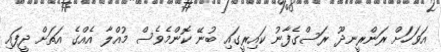
އަވަހަށް ރަންރީނދޫ ރަސްގެފާނު ކައިރީގައި ބުނޭ ކޮންމެވެސް މުއްލާ އެއްގެ އަތަށް ދީފައި